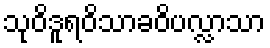
သုဝိဒူရဝိသာခဝိပလ္လာသာ